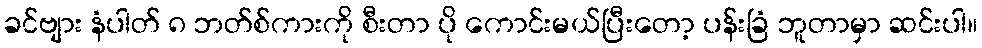
ခင်ဗျား နံပါတ် ၈ ဘတ်စ်ကားကို စီးတာ ပို ကောင်းမယ်ပြီးတော့ ပန်းခြံ ဘူတာမှာ ဆင်းပါ။